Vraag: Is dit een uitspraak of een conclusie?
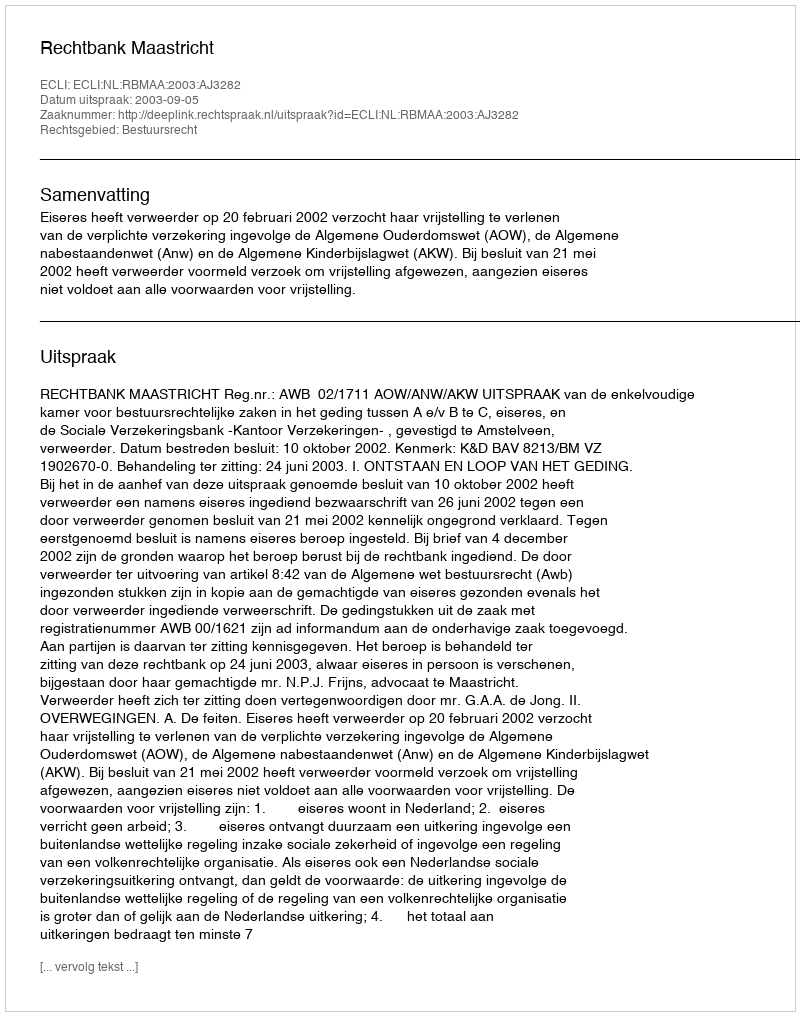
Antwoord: Uitspraak